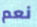
نعم